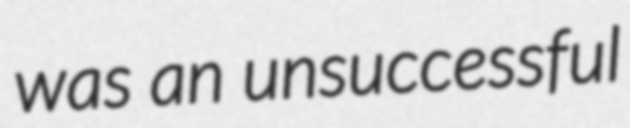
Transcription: was an unsuccessful